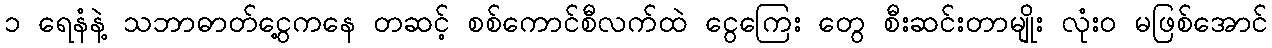
၁ ရေနံနဲ့ သဘာဓာတ်ငွေ့ကနေ တဆင့် စစ်ကောင်စီလက်ထဲ ငွေကြေး တွေ စီးဆင်းတာမျိုး လုံး၀ မဖြစ်အောင်